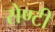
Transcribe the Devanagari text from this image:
सेण्टी